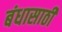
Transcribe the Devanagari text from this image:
बंधासाठी